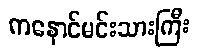
ကနောင်မင်းသားကြီး